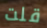
قلت